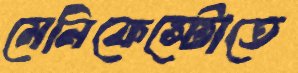
মেনিফেস্টোতে